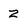
Character: Z